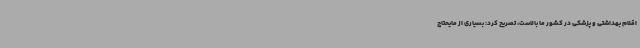
اقلام بهداشتی و پزشکی در کشور ما بالاست، تصریح کرد: بسیاری از مایحتاج